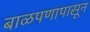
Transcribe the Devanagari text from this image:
बाळपणापासून